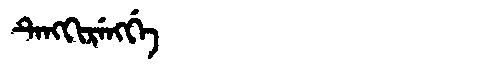
Manchu: ᡨᡝᠩᡴᡳᡵᡝᠩᡤᡝ
Romanization: TENGKIRENGGE